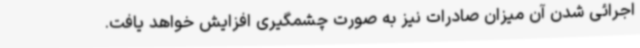
اجرائی شدن آن میزان صادرات نیز به صورت چشمگیری افزایش خواهد یافت.